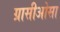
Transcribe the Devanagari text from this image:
ग्रासीओसा